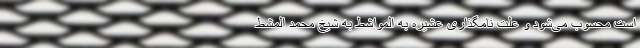
است محسوب می‌شود و علت نامگذاری عشیره به المواشط به شیخ محمد المشط